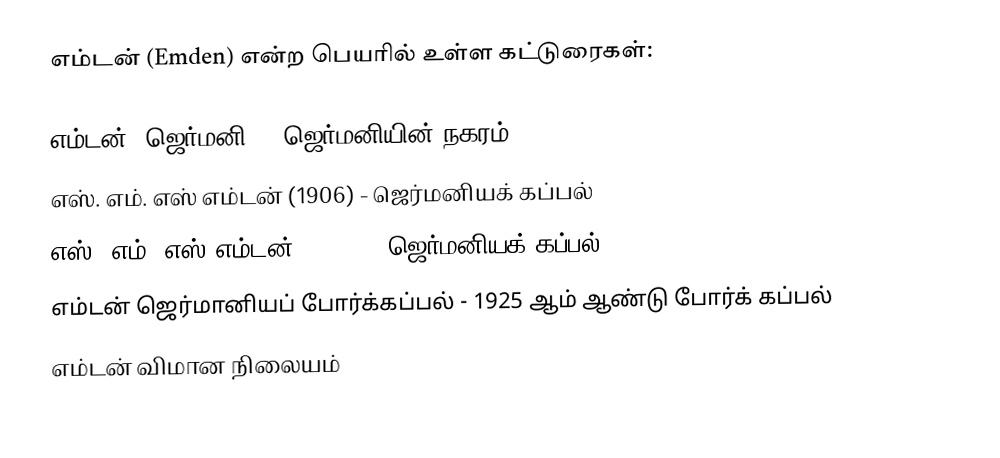
எம்டன் (Emden) என்ற பெயரில் உள்ள கட்டுரைகள்:

 எம்டன் (ஜெர்மனி) - ஜெர்மனியின் நகரம்
 எஸ். எம். எஸ் எம்டன் (1906) - ஜெர்மனியக் கப்பல்
 எஸ். எம். எஸ் எம்டன் (1915) - ஜெர்மனியக் கப்பல்
 எம்டன் ஜெர்மானியப் போர்க்கப்பல் - 1925 ஆம் ஆண்டு போர்க் கப்பல்
 எம்டன் விமான நிலையம்